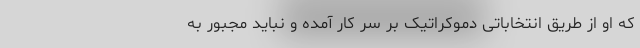
که او از طریق انتخاباتی دموکراتیک بر سر کار آمده و نباید مجبور به